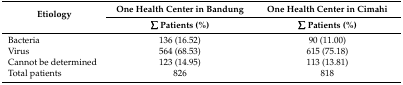
<table><thead><tr><td rowspan="2"><b>Etiology</b></td><td><b>One Health Center in Bandung</b></td><td><b>One Health Center in Cimahi</b></td></tr><tr><td><b>∑ Patients (%)</b></td><td><b>∑ Patients (%)</b></td></tr></thead><tbody><tr><td>Bacteria</td><td>136 (16.52)</td><td>90 (11.00)</td></tr><tr><td>Virus</td><td>564 (68.53)</td><td>615 (75.18)</td></tr><tr><td>Cannot be determined</td><td>123 (14.95)</td><td>113 (13.81)</td></tr><tr><td>Total patients</td><td>826</td><td>818</td></tr></tbody></table>